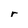
Character: r